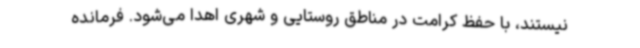
نیستند، با حفظ کرامت در مناطق روستایی و شهری اهدا می‌شود. فرمانده